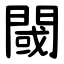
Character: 閾